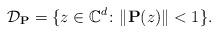
LaTeX: \begin{align*}\mathcal{D}_\mathbf{P}=\{z\in\mathbb{C}^d\colon\|\mathbf{P}(z)\|<1\}.\end{align*}